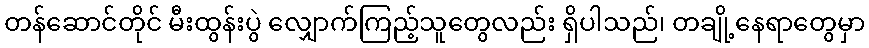
တန်ဆောင်တိုင် မီးထွန်းပွဲ လျှောက်ကြည့်သူတွေလည်း ရှိပါသည်၊ တချို့နေရာတွေမှာ